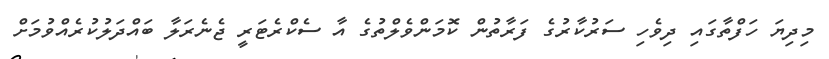
މިދިޔަ ހަފްތާގައި ދިވެހި ސަރުކާރުގެ ފަރާތުން ކޮމަންވެލްތުގެ އާ ސެކްރެޓަރީ ޖެނެރަލާ ބައްދަލުކުރެއްވުމަށް